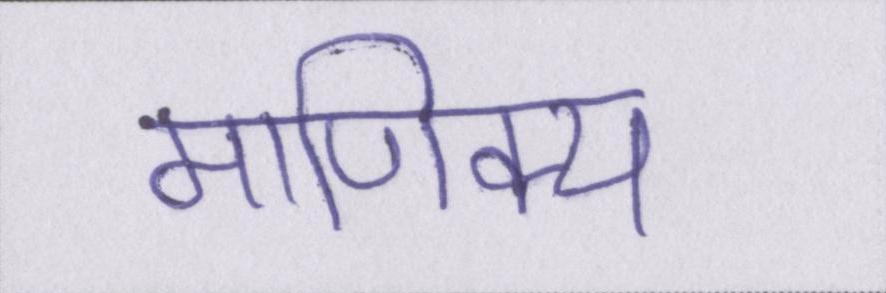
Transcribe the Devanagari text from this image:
माणिक्य